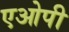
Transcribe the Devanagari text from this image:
एओपी